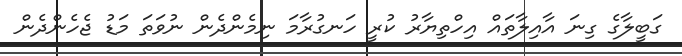
ގަބީލާގެ ގިނަ އާއިލާތައް އިހްތިޔާރު ކުރީ ހަނގުރާމަ ނިމެންދެން ނުވަތަ މަޑު ޖެހެންދެން